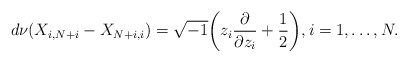
\begin{align*}d\nu(X_{i,N+i}-X_{N+i,i})=\sqrt{-1}\bigg(z_i\frac{\partial}{\partial z_i}+\frac{1}{2}\bigg), i=1,\ldots, N.\end{align*}